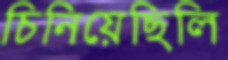
চিনিয়েছিলি